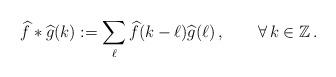
LaTeX: \begin{align*}\widehat f\ast\widehat g(k):=\sum\limits_{\ell}\widehat{f}(k-\ell)\widehat{g}(\ell)\,,\qquad\forall\,k\in\mathbb Z\,.\end{align*}